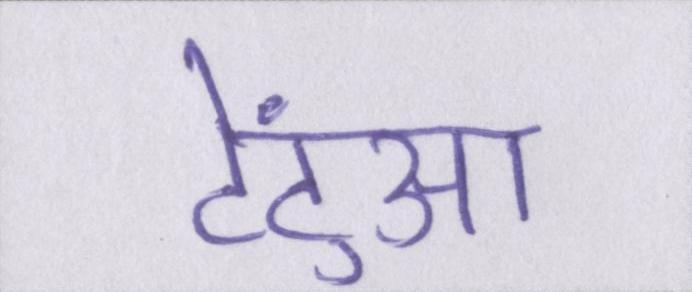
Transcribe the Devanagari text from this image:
टेंटुआ